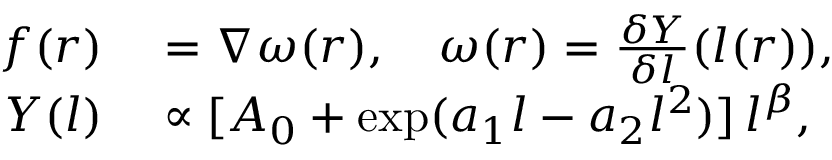
\begin{array} { r l } { f ( r ) } & { { } = \nabla \omega ( r ) , \quad \omega ( r ) = \frac { \delta Y } { \delta l } ( l ( r ) ) , } \\ { Y ( l ) } & { { } \propto [ A _ { 0 } + \exp ( a _ { 1 } l - a _ { 2 } l ^ { 2 } ) ] \, l ^ { \beta } , } \end{array}